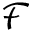
\mathcal { F }